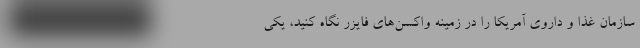
سازمان غذا و داروی آمریکا را در زمینه واکسن‌های فایزر نگاه کنید، یکی